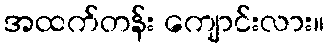
အထက်တန်း ကျောင်းလား။